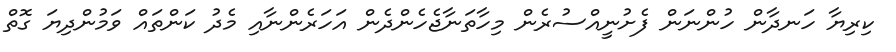
ކިރިޔާ ހަނދާން ހުންނަން ފެށުނީއްސުރެން މިހާތަނާޖެހެންދެން އަހަރެންނާއި މެދު ކަންތައް ވަމުންދިޔަ ގޮތް